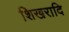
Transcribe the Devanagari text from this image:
शिखरादि